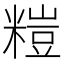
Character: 𥻶